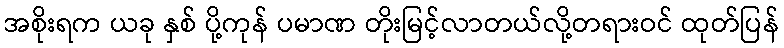
အစိုးရက ယခု နှစ် ပို့ကုန် ပမာဏ တိုးမြင့်လာတယ်လို့တရားဝင် ထုတ်ပြန်